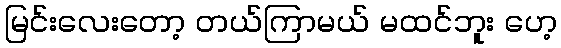
မြင်းလေးတော့ တယ်ကြာမယ် မထင်ဘူး ဟေ့